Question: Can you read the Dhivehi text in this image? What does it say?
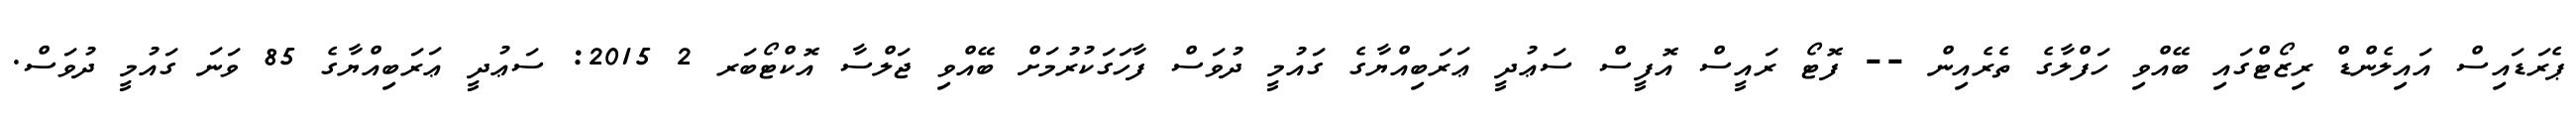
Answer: ޕެރަޑައިސް އައިލެންޑް ރިޒޯޓްގައި ބޭއްވި ހަފްލާގެ ތެރެއިން -- ފޮޓޯ ރައީސް އޮފީސް ސަޢުދީ ޢަރަބިއްޔާގެ ގައުމީ ދުވަސް ފާހަގަކުރުމަށް ބޭއްވި ޖަލްސާ އޮކްޓޯބަރ 2 2015: ސަޢުދީ ޢަރަބިއްޔާގެ 85 ވަނަ ގައުމީ ދުވަސް.